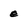
Character: e